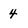
Character: 4